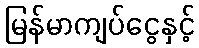
မြန်မာကျပ်ငွေနှင့်